Vaccination in Bombay 1863-1868 - 1863-1868
Year: 1863
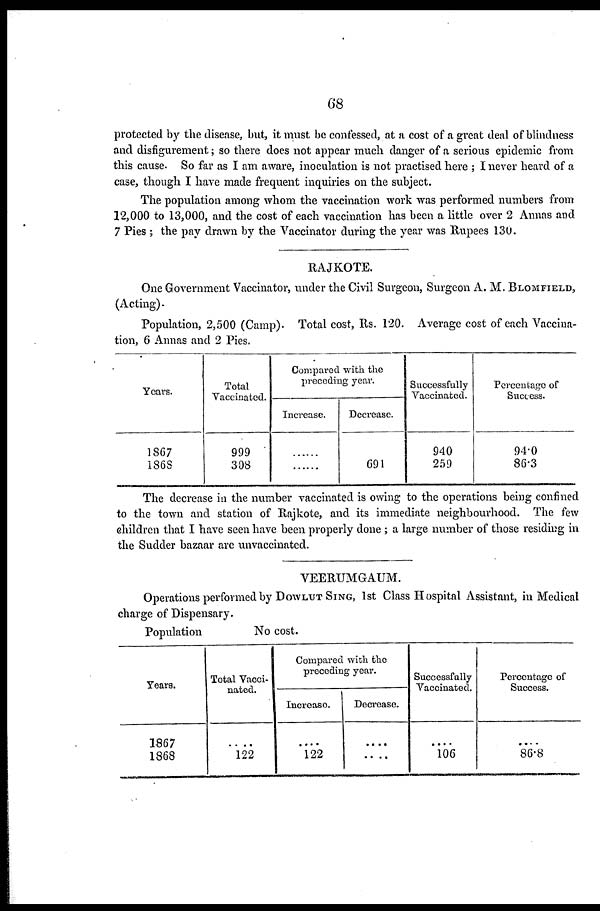
68
protected by the disease, but, it must be confessed, at a cost of a great deal of blindness
and disfigurement; so there does not appear much danger of a serious epidemic from
this cause. So far as I am aware, inoculation is not practised here ; I never heard of a
case, though I have made frequent inquiries on the subject.
The population among whom the vaccination work was performed numbers from
12,000 to 13,000, and the cost of each vaccination has been a little over 2 Annas and
7 Pies ; the pay drawn by the Vaccinator during the year was Rupees 130.
RAJKOTE.
One Government Vaccinator, under the Civil Surgeon, Surgeon A. M. BLOMFIELD,
(Acting)-
Population, 2,500 (Camp). Total cost, Rs. 120. Average cost of each Vaccina-
tion, 6 Annas and 2 Pies.
Years.
1867
1868
Total
Vaccinated.
999
308
Compared with the
preceding year.
Increase.
......
......
Decrease.
......
691
Successfully
Vaccinated.
940
259
Percentage of
Success.
94.0
86.3
The decrease in the number vaccinated is owing to the operations being confined
to the town and station of Rajkote, and its immediate neighbourhood. The few
children that I have seen have been properly done ; a large number of those residing in
the Sudder bazaar are unvaccinated.
VEERUMGAUM.
Operations performed by DOWLUT SING, 1st Class Hospital Assistant, in Medical
charge of Dispensary.
Population
No cost.
Years.
1867
1868
Total Vacci-
nated.
....
122
Compared with the
preceding year.
Increase
....
122
Decrease.
....
....
Successfully
Vaccinated.
....
106
Percentage of
Success.
....
86.8